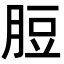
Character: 脰